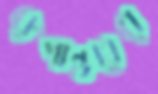
রুপান্তরের